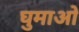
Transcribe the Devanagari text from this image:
घुमाओ